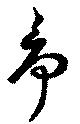
爭